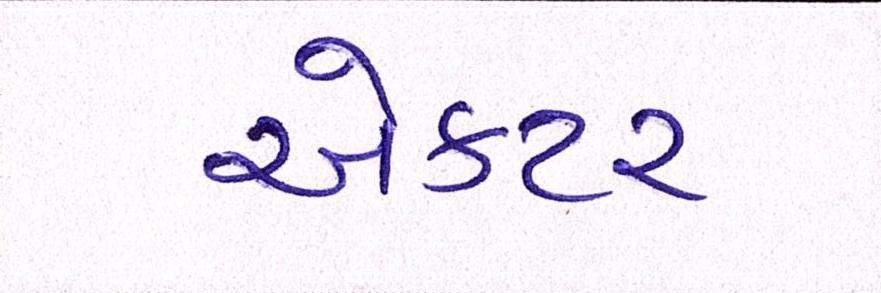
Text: એકટર